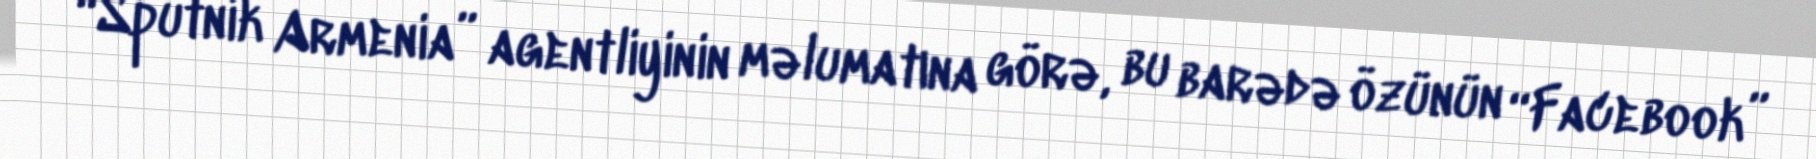
“Sputnik Armenia” agentliyinin məlumatına görə, bu barədə özünün “Facebook”